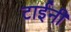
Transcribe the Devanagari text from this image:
टाईनी